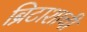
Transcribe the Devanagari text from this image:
ब्रिटाशाची